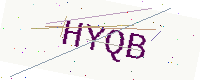
Text: HYQB